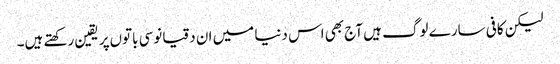
‌لیکن کافی سارے لوگ ہیں آج بھی اس دنیا میں‌ ان دقیانوسی باتوں‌پر یقین رکھتے ہیں۔